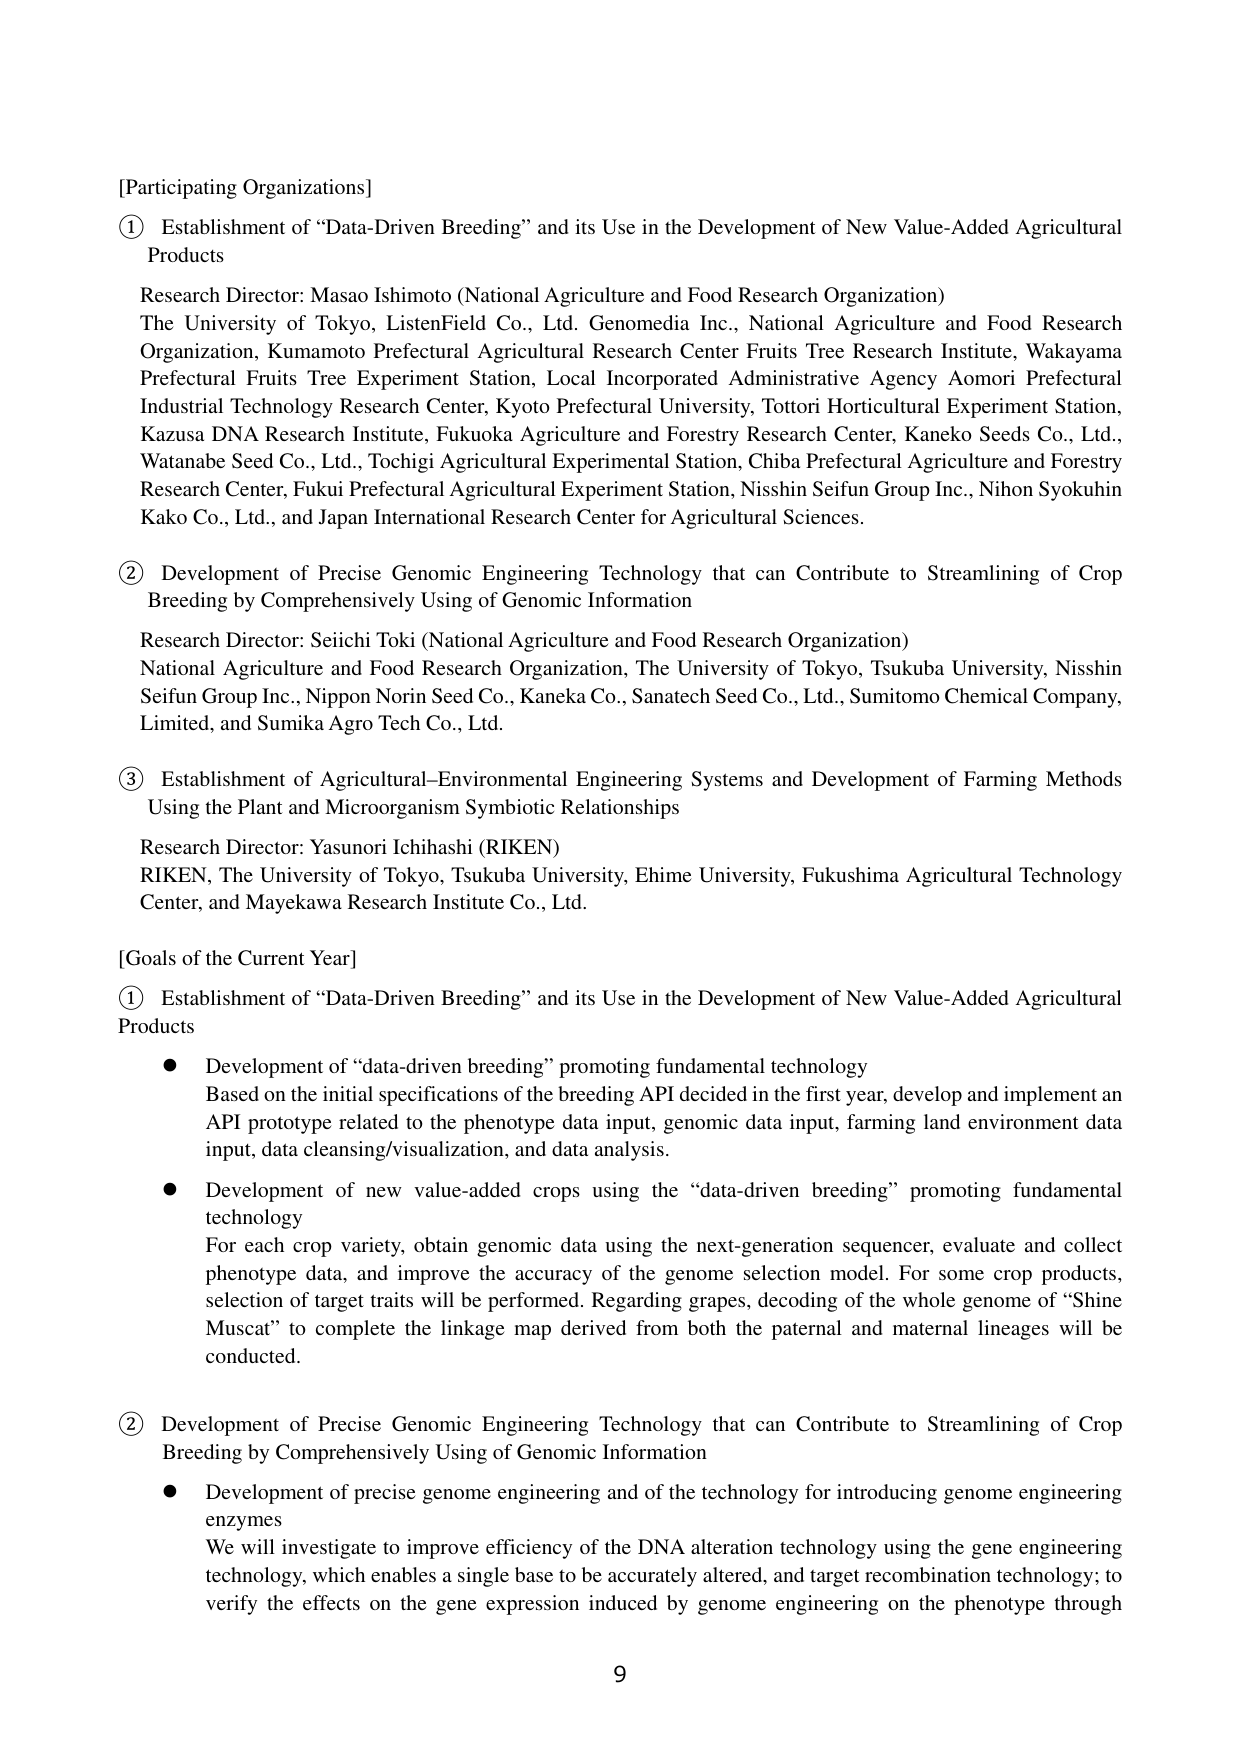
[Participating Organizations]

① Establishment of “Data-Driven Breeding” and its Use in the Development of New Value-Added Agricultural Products

Research Director: Masao Ishimoto (National Agriculture and Food Research Organization)
The University of Tokyo, ListenField Co., Ltd. Genomedia Inc., National Agriculture and Food Research Organization, Kumamoto Prefectural Agricultural Research Center Fruits Tree Research Institute, Wakayama Prefectural Fruits Tree Experiment Station, Local Incorporated Administrative Agency Aomori Prefectural Industrial Technology Research Center, Kyoto Prefectural University, Tottori Horticultural Experiment Station, Kazusa DNA Research Institute, Fukuoka Agriculture and Forestry Research Center, Kaneko Seeds Co., Ltd., Watanabe Seed Co., Ltd., Tochigi Agricultural Experimental Station, Chiba Prefectural Agriculture and Forestry Research Center, Fukui Prefectural Agricultural Experiment Station, Nisshin Seifun Group Inc., Nihon Syokuhin Kako Co., Ltd., and Japan International Research Center for Agricultural Sciences.

② Development of Precise Genomic Engineering Technology that can Contribute to Streamlining of Crop Breeding by Comprehensively Using of Genomic Information

Research Director: Seiichi Toki (National Agriculture and Food Research Organization)
National Agriculture and Food Research Organization, The University of Tokyo, Tsukuba University, Nisshin Seifun Group Inc., Nippon Norin Seed Co., Kaneka Co., Sanatech Seed Co., Ltd., Sumitomo Chemical Company, Limited, and Sumika Agro Tech Co., Ltd.

③ Establishment of Agricultural-Environmental Engineering Systems and Development of Farming Methods Using the Plant and Microorganism Symbiotic Relationships

Research Director: Yasunori Ichihashi (RIKEN)
RIKEN, The University of Tokyo, Tsukuba University, Ehime University, Fukushima Agricultural Technology Center, and Mayekawa Research Institute Co., Ltd.

[Goals of the Current Year]

① Establishment of “Data-Driven Breeding” and its Use in the Development of New Value-Added Agricultural Products

● Development of “data-driven breeding” promoting fundamental technology
Based on the initial specifications of the breeding API decided in the first year, develop and implement an API prototype related to the phenotype data input, genomic data input, farming land environment data input, data cleansing/visualization, and data analysis.

● Development of new value-added crops using the “data-driven breeding” promoting fundamental technology
For each crop variety, obtain genomic data using the next-generation sequencer, evaluate and collect phenotype data, and improve the accuracy of the genome selection model. For some crop products, selection of target traits will be performed. Regarding grapes, decoding of the whole genome of “Shine Muscat” to complete the linkage map derived from both the paternal and maternal lineages will be conducted.

② Development of Precise Genomic Engineering Technology that can Contribute to Streamlining of Crop Breeding by Comprehensively Using of Genomic Information

● Development of precise genome engineering and of the technology for introducing genome engineering enzymes
We will investigate to improve efficiency of the DNA alteration technology using the gene engineering technology, which enables a single base to be accurately altered, and target recombination technology; to verify the effects on the gene expression induced by genome engineering on the phenotype through

9